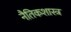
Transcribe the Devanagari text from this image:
नैतिकशास्त्र